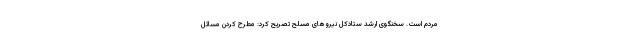
مردم است. سخنگوی ارشد ستادکل نیروهای مسلح تصریح کرد: مطرح کردن مسائل